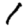
Digit: 1